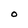
Character: o